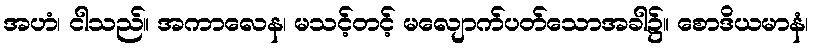
အဟံ၊ ငါသည်။ အကာလေန၊ မသင့်တင့် မလျောက်ပတ်သောအခါ၌။ စောဒိယမာနံ၊